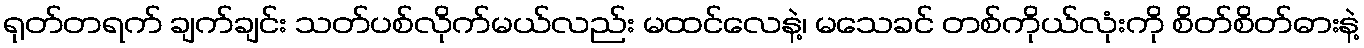
ရုတ်တရက် ချက်ချင်း သတ်ပစ်လိုက်မယ်လည်း မထင်လေနဲ့၊ မသေခင် တစ်ကိုယ်လုံးကို စိတ်စိတ်ဓားနဲ့